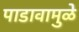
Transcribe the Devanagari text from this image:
पाडावामुळे